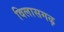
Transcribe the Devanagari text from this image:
विलासगढ़